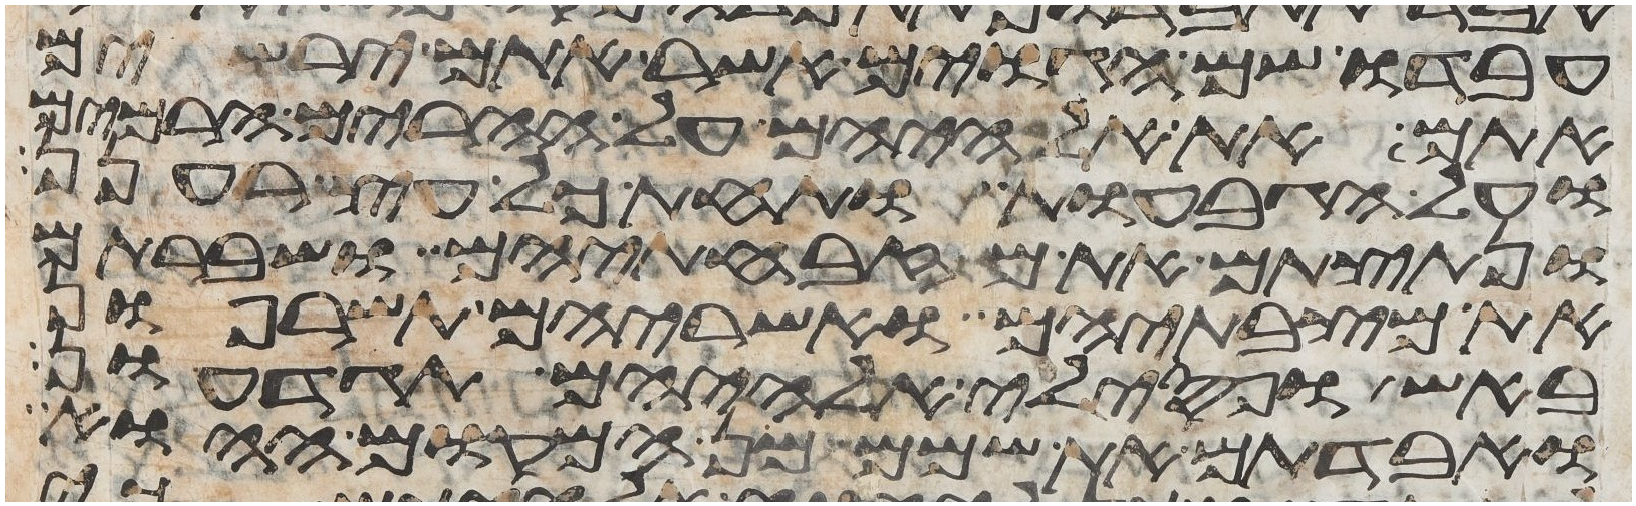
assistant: עבדו שם הגוים אשר אתם ירשים
אתם את אלהיהם על ההרים הרמים
ועל הגבעות ותחת כל עץ רענן
ונתצתם את מזבחתיהם ושברתם
את מצבתיהם ואשריהם תשרפון
באש ופסילי אלהיהם תגדעון
ואבדתם את שמם מן המקום ההוא